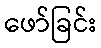
ဖော်ခြင်း